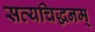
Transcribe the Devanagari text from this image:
सत्यचिद्धनम्